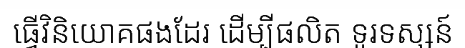
ធ្វើវិនិយោគផងដែរ ដើម្បីផលិត ទូរទស្សន៍